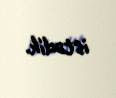
istədik.